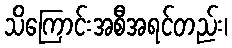
သိကြောင်းအစီအရင်တည်း၊